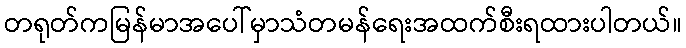
တရုတ်ကမြန်မာအပေါ်မှာသံတမန်ရေးအထက်စီးရထားပါတယ်။